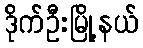
ဒိုက်ဦးမြို့နယ်